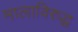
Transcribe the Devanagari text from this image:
मालाविरुद्ध